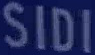
SIDI